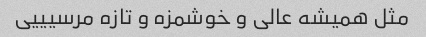
مثل همیشه عالی و خوشمزه و تازه مرسیییی